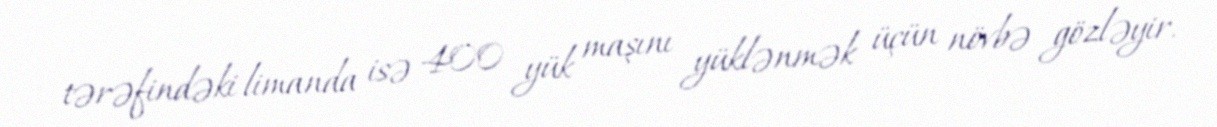
tərəfindəki limanda isə 400 yük maşını yüklənmək üçün növbə gözləyir.